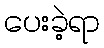
ပေးခဲ့ရာ